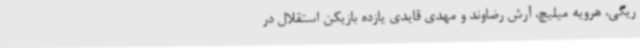
ریگی، هرویه میلیچ، آرش رضاوند و مهدی قایدی یازده بازیکن استقلال در